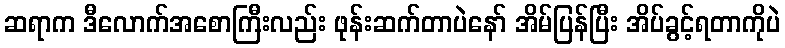
ဆရာက ဒီလောက်အစောကြီးလည်း ဖုန်းဆက်တာပဲနော် အိမ်ပြန်ပြီး အိပ်ခွင့်ရတာကိုပဲ